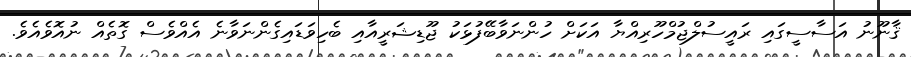
ޤާނޫނު އަސާސީގައި ރައީސުލްޖުމްހޫރިއްޔާ އަކަށް ހުންނަވާބޭފުޅަކު ޖޫޑިޝަރީއާއި ބެހިވަޑައިގެންނަވާނެ އެއްވެސް ގޮތެއް ނުއޮވެއެވެ.